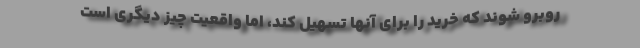
روبرو شوند که خرید را برای آنها تسهیل کند، اما واقعیت چیز دیگری است